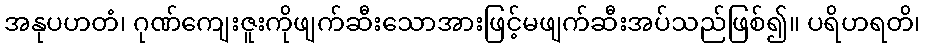
အနုပဟတံ၊ ဂုဏ်ကျေးဇူးကိုဖျက်ဆီးသောအားဖြင့်မဖျက်ဆီးအပ်သည်ဖြစ်၍။ ပရိဟရတိ၊